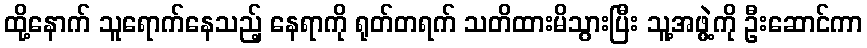
ထို့နောက် သူရောက်နေသည့် နေရာကို ရုတ်တရက် သတိထားမိသွားပြီး သူ့အဖွဲ့ကို ဦးဆောင်ကာ